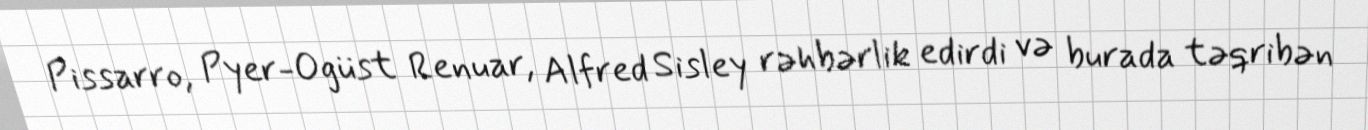
Pissarro, Pyer-Ogüst Renuar, Alfred Sisley rəhbərlik edirdi və burada təqribən